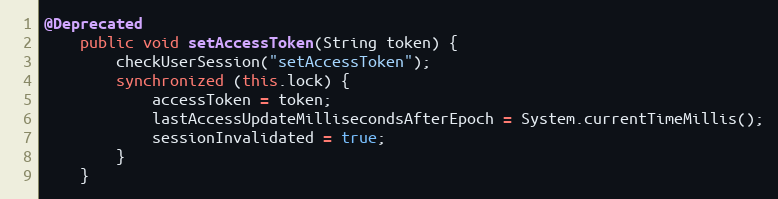
Language: Java
@Deprecated
    public void setAccessToken(String token) {
        checkUserSession("setAccessToken");
        synchronized (this.lock) {
            accessToken = token;
            lastAccessUpdateMillisecondsAfterEpoch = System.currentTimeMillis();
            sessionInvalidated = true;
        }
    }